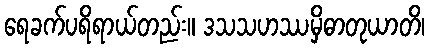
ရေခက်ပရိရာယ်တည်း။ ဒသသဟဿမှိဓာတုယာတိ၊